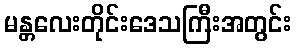
မန္တလေးတိုင်းဒေသကြီးအတွင်း